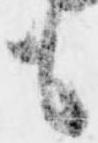
も